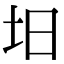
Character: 𡉭